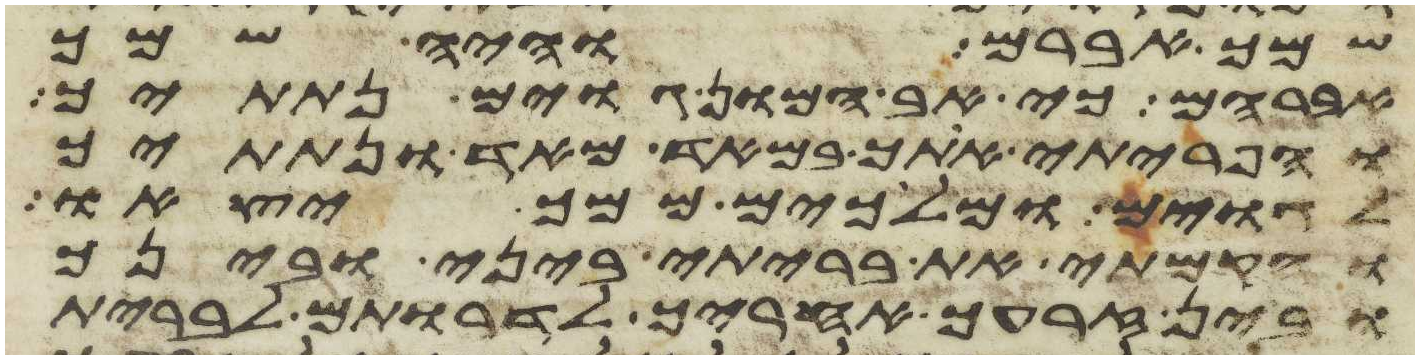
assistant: שמך אברם והיה שמך
אברהם כי אב המון גוים נתתיך
והפריתי אתך במאד מאד ונתתיך
לגוים ומלכים ממך יצאו
והקמתי את בריתי ביני ובינך
ובין זרעך אחריך לדרתם לברית